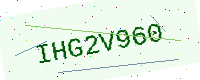
Text: IHG2V960